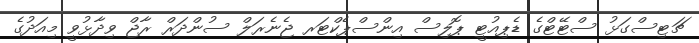
ޗަޓިސްގަޅު ސްޓޭޓްގެ ޑެޕިއުޓީ ޕޮލިސް އިންސްޕެކްޓަރ ޖެނެރަލް ސުންދަރް ރާޖް ވިދާޅުވީ މިއަދުގެ